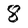
Character: 8